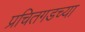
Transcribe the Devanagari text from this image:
प्रचितगडच्या